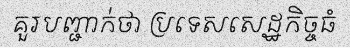
គួរបញ្ជាក់ថា ប្រទេសសេដ្ឋកិច្ចធំ